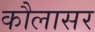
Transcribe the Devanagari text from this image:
कौलासर